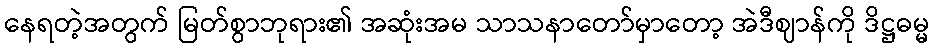
နေရတဲ့အတွက် မြတ်စွာဘုရား၏ အဆုံးအမ သာသနာတော်မှာတော့ အဲဒီဈာန်ကို ဒိဋ္ဌဓမ္မ